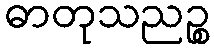
ဓာတုသညဉ္စ